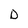
Character: D